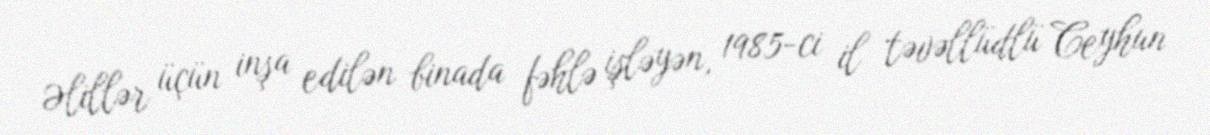
Əlillər üçün inşa edilən binada fəhlə işləyən, 1985-ci il təvəllüdlü Ceyhun